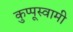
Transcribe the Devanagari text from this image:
कुप्पूस्वामी